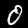
Digit: 0